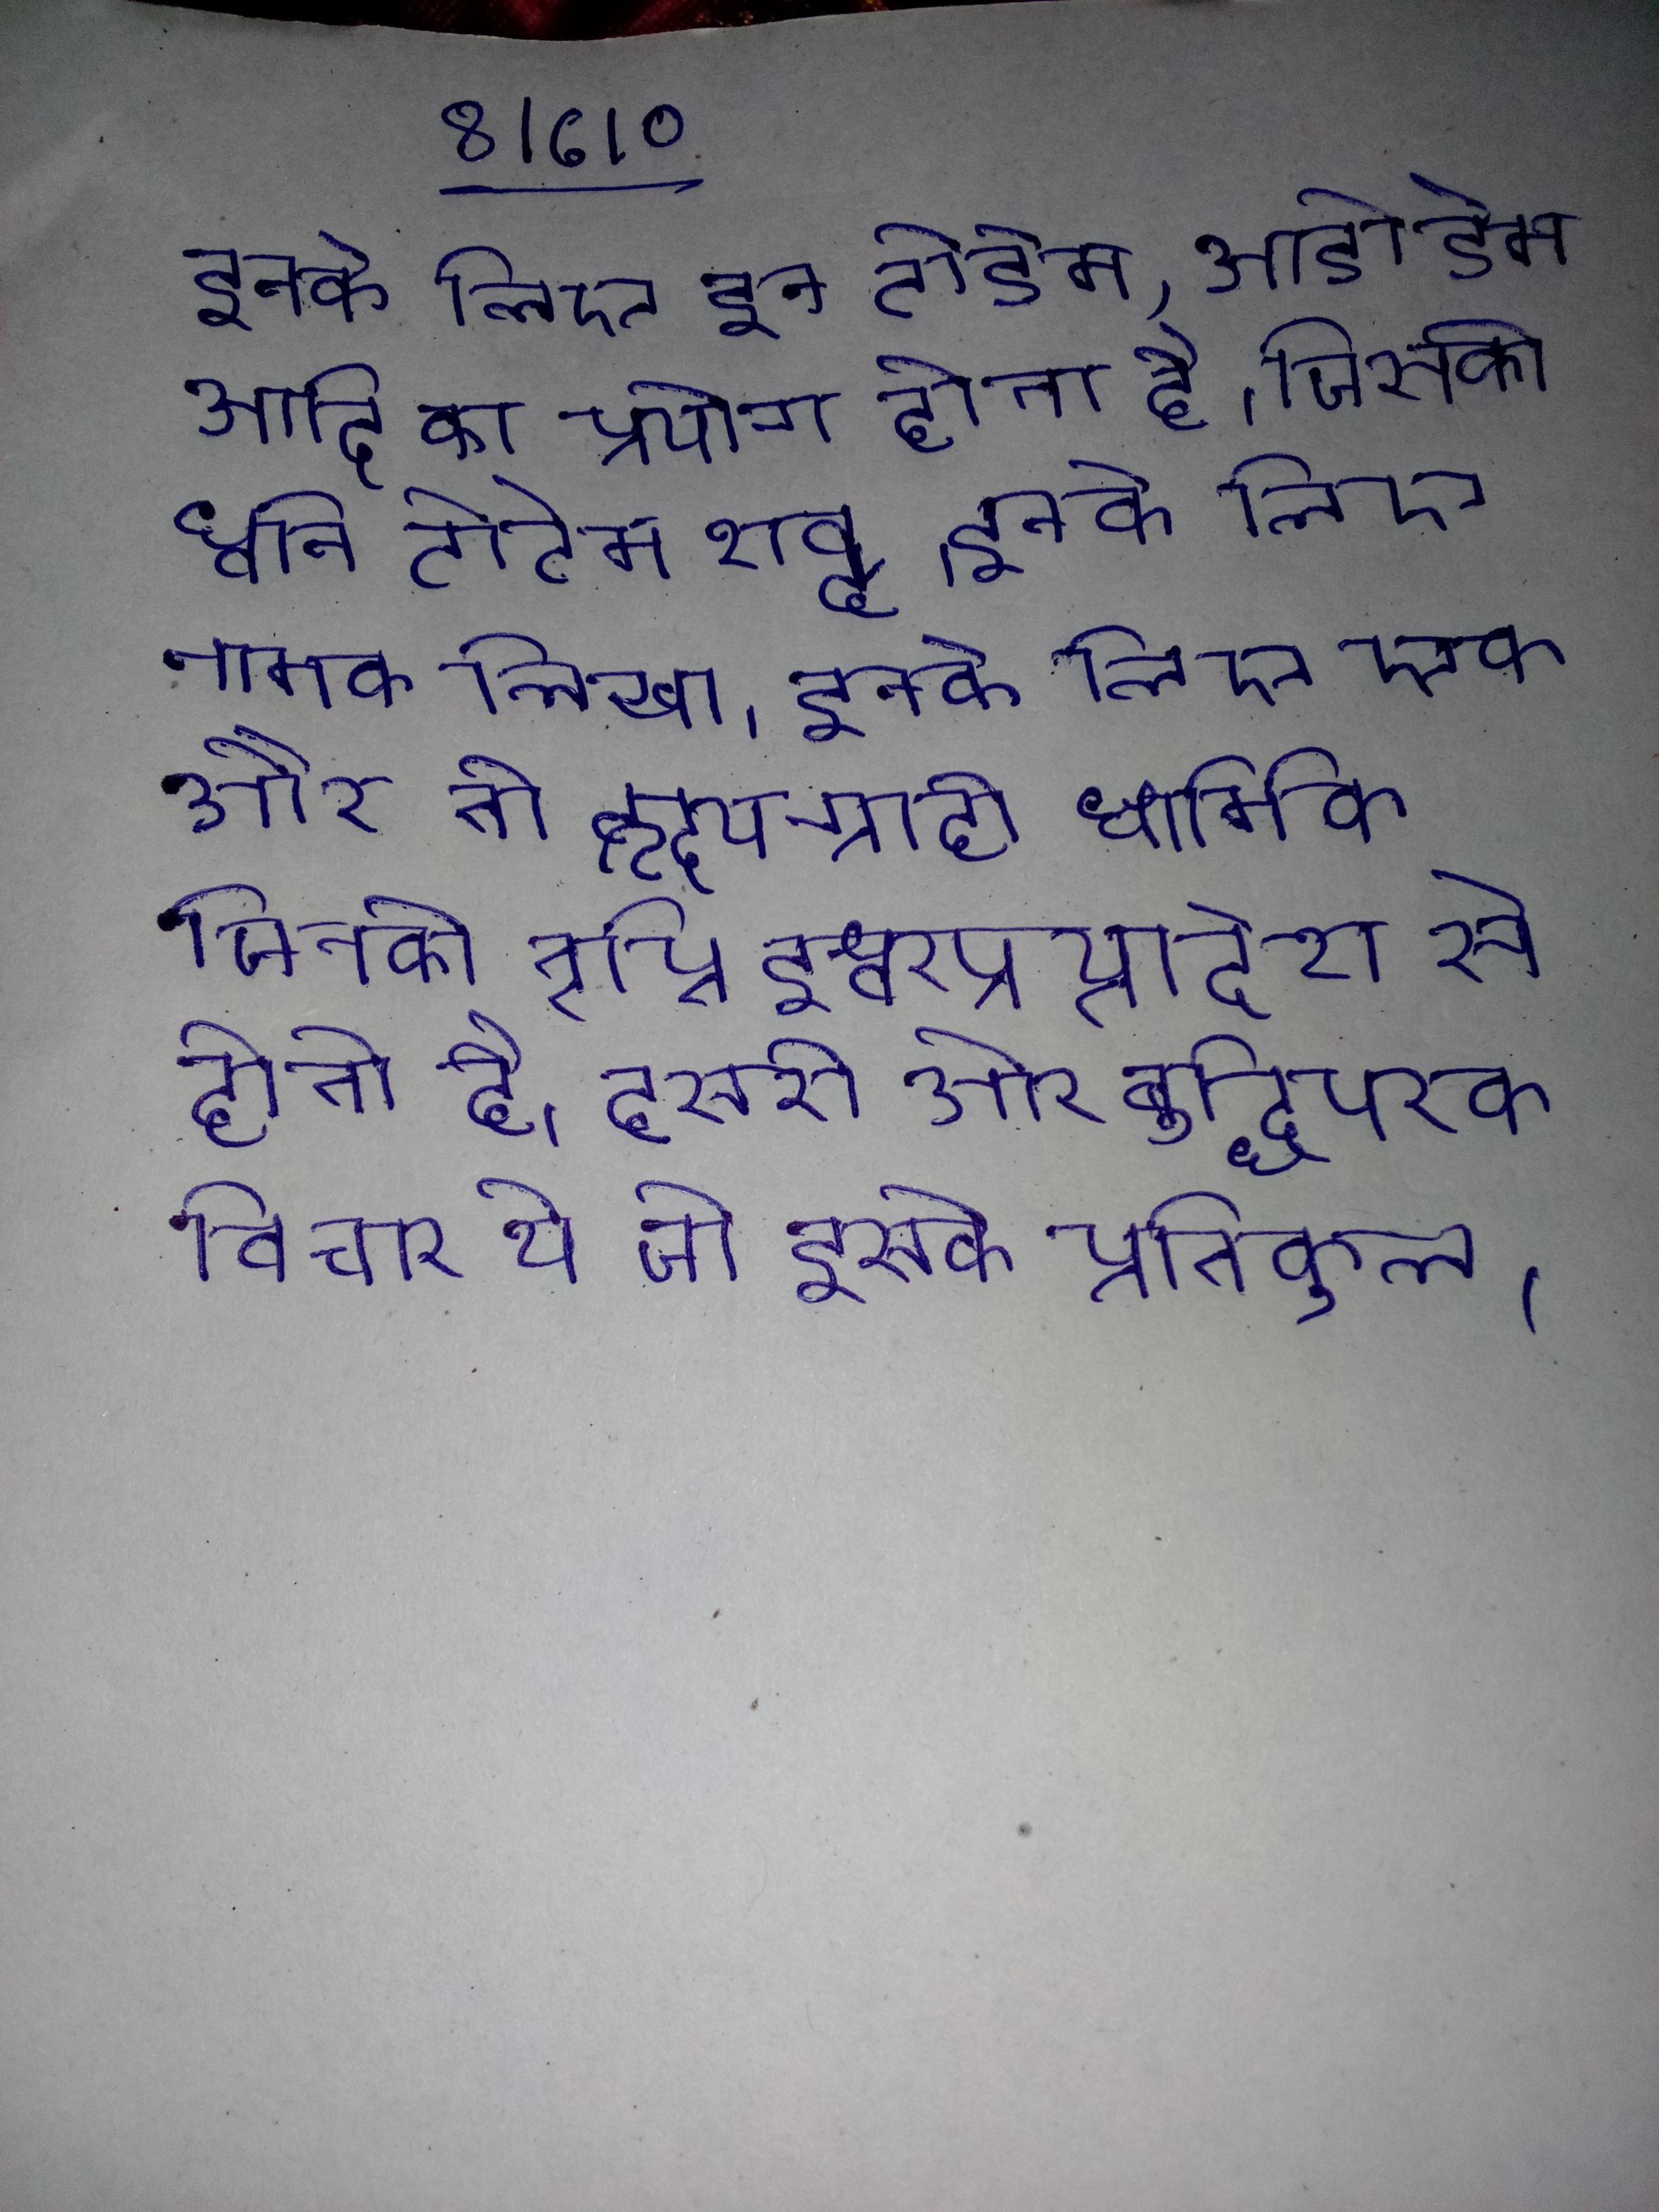
इनके लिए इन टोडेम, ओडोडेम आदि का प्रयोग होता है, जिसकी ध्वनि टोटेम शब्द । इनके लिए नामक लिखा । इनके लिए एक ओर तो हृदयग्राही धार्मिक जिनकी तृप्ति ईश्वरप्रत्यादेश से होती है, दूसरी ओर बुद्धिपरक विचार थे जो इसके प्रतिकूल ।